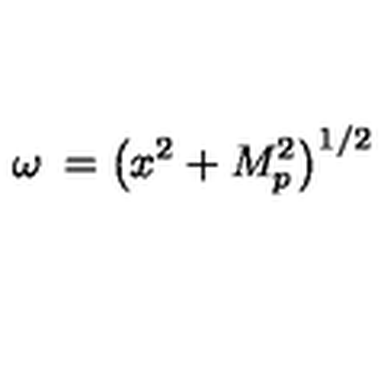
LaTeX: \omega \: = \left( x ^ { 2 } + M _ { p } ^ { 2 } \right) ^ { 1 / 2 }